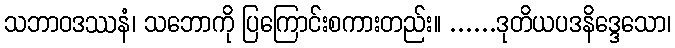
သဘာဝဒဿနံ၊ သဘောကို ပြကြောင်းစကားတည်း။ ......ဒုတိယပဒနိဒ္ဒေသော၊